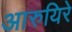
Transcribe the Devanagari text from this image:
आरुयिरे